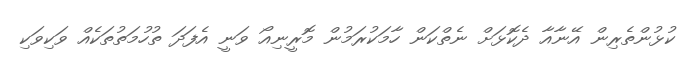
ކުޅުންތެރިން އޭނާއާ ދެކޮޅަށް ނެތްކަން ހާމަކުރަމުން މޮރީނިއޯ ވަނީ އެފަދަ ތުހުމަތުތަކެއް ވަކިވަކި